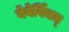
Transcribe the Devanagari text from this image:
बेवेर्विक्ज्